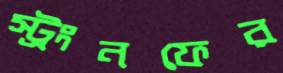
স্ট্রংনফের